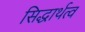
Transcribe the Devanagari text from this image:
सिद्धार्थत्व